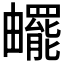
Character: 𤳸